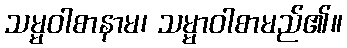
သမ္မဝါစာနာမ၊ သမ္မာဝါစာမည်၏။